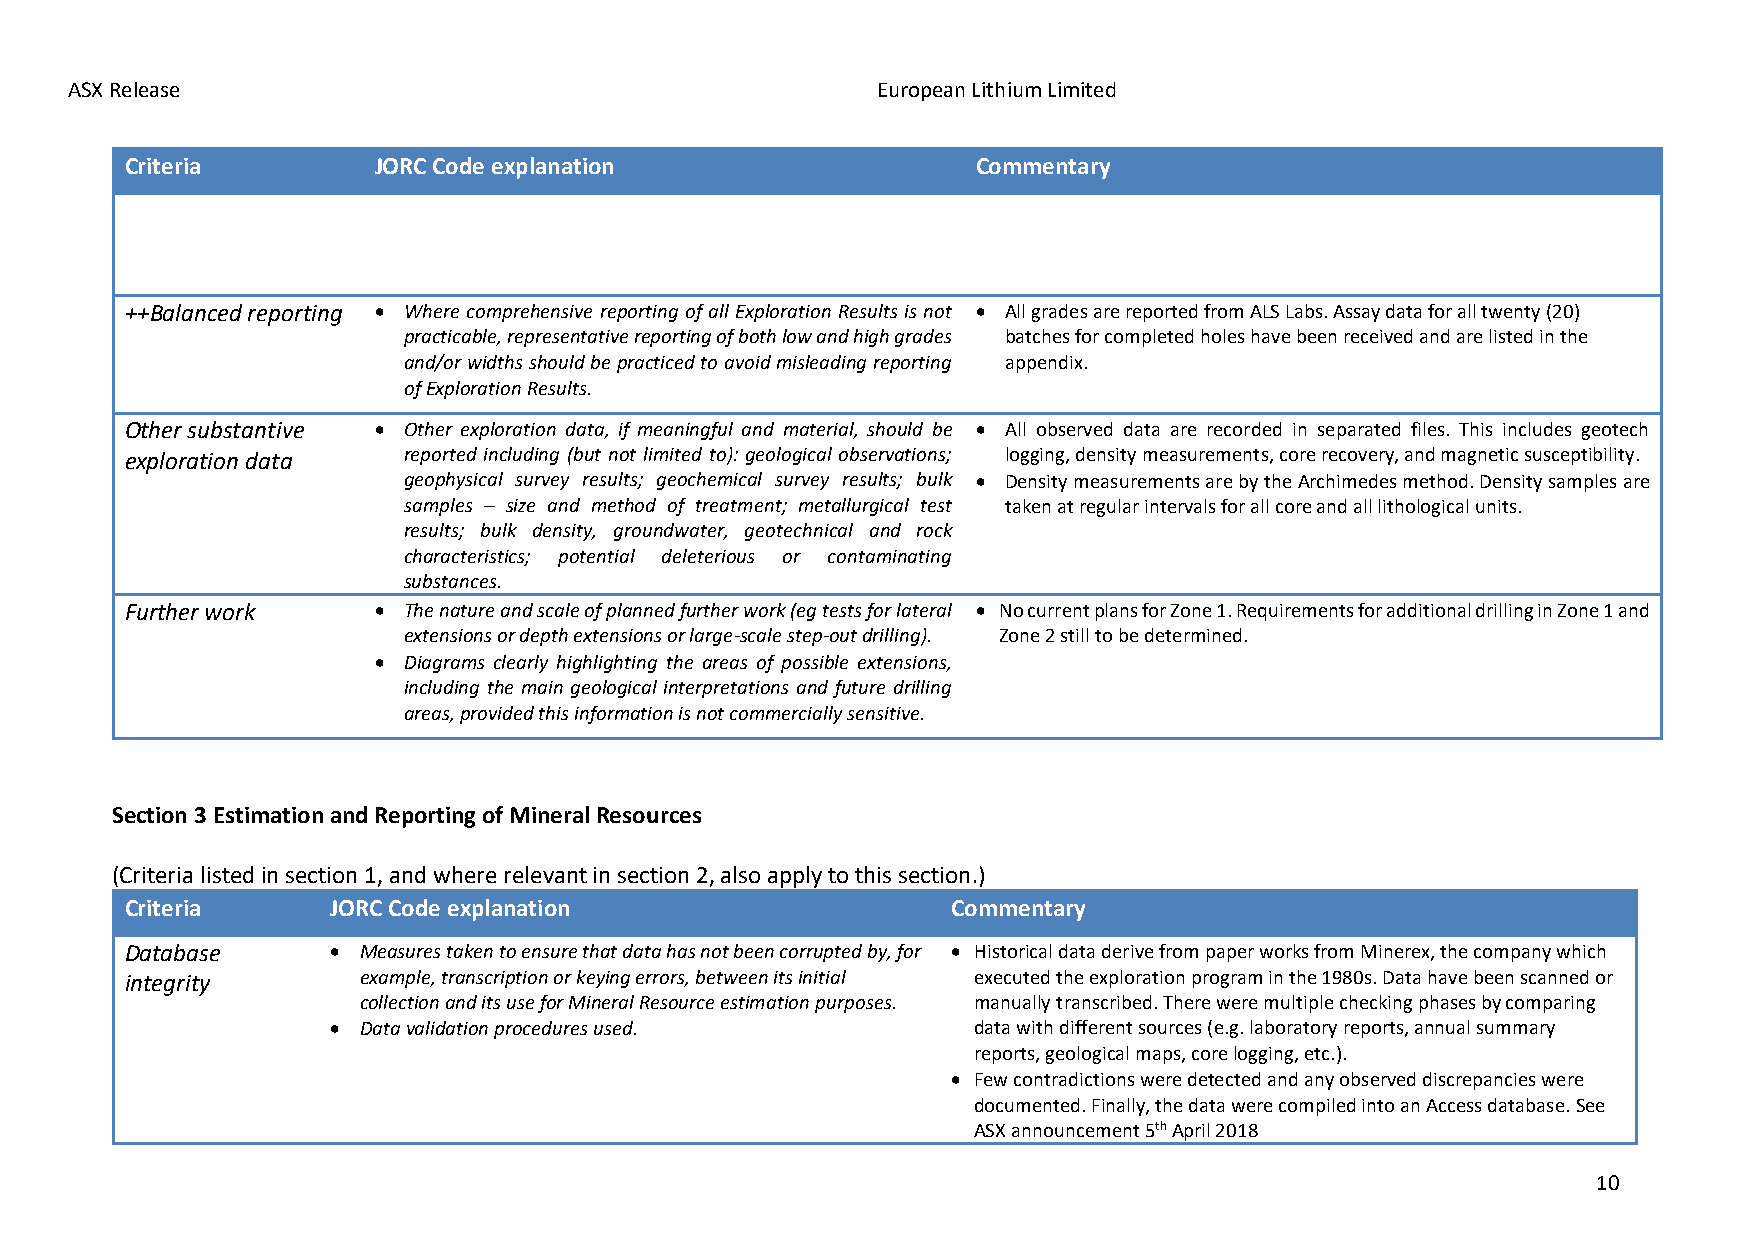
ASX Release                                           European Lithium Limited
 Criteria         JORC Code explanation                   Commentary
 ++Balanced reporting • Where comprehensive reporting of all Exploration Results is not • All grades are reported from ALS Labs. Assay data for all twenty (20)
 practicable, representative reporting of both low and high grades batches for completed holes have been received and are listed in the
 and/or widths should be practiced to avoid misleading reporting appendix.
 of Exploration Results.
 Other substantive • Other exploration data, if meaningful and material, should be • All observed data are recorded in separated files. This includes geotech
 exploration data   reported including (but not limited to): geological observations; logging, density measurements, core recovery, and magnetic susceptibility.
 geophysical survey results; geochemical survey results; bulk • Density measurements are by the Archimedes method. Density samples are
 samples – size and method of treatment; metallurgical test taken at regular intervals for all core and all lithological units.
 results; bulk density, groundwater, geotechnical and rock
 characteristics; potential deleterious or contaminating
 substances.
 Further work     • The nature and scale of planned further work (eg tests for lateral • No current plans for Zone 1. Requirements for additional drilling in Zone 1 and
 extensions or depth extensions or large-scale step-out drilling). Zone 2 still to be determined.
 • Diagrams clearly highlighting the areas of possible extensions,
 including the main geological interpretations and future drilling
 areas, provided this information is not commercially sensitive.
 Section 3 Estimation and Reporting of Mineral Resources
 (Criteria listed in section 1, and where relevant in section 2, also apply to this section.)
 Criteria      JORC Code explanation                    Commentary
 Database      • Measures taken to ensure that data has not been corrupted by, for • Historical data derive from paper works from Minerex, the company which
 integrity       example, transcription or keying errors, between its initial executed the exploration program in the 1980s. Data have been scanned or
 collection and its use for Mineral Resource estimation purposes. manually transcribed. There were multiple checking phases by comparing
 • Data validation procedures used.        data with different sources (e.g. laboratory reports, annual summary
 reports, geological maps, core logging, etc.).
 • Few contradictions were detected and any observed discrepancies were
 documented. Finally, the data were compiled into an Access database. See
 ASX announcement 5th April 2018
 10